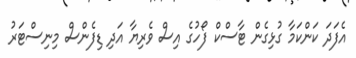
އެފަދަ ކަންކަމާ ގުޅިގެން ޓާސްކް ފޯހުގެ އިސް ވެރިޔާ އަދި ޑިފެންސް މިނިސްޓަރު